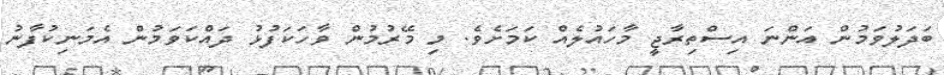
ބަދަލުވަމުން އަންނަ އިސްތިރާޖީ މާހައުލެއް ކަމަށެވެ. މި މޭރުމުން ވާހަކަފުޅު ދައްކަވަމުން އެމަނިކުފާނު